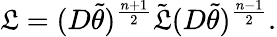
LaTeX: \mathfrak{L}=(D\tilde{{\theta}})^{\frac{{n+1}}{{2}}}\tilde{{\mathfrak{L}}}(D\tilde{{\theta}})^{\frac{{n-1}}{{2}}}.